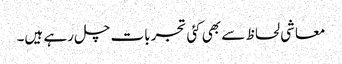
معاشی لحاظ سے بھی کئی تجربات چل رہے ہیں۔